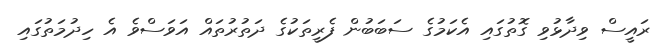
ރައީސް ވިދާޅުވި ގޮތުގައި އެކަމުގެ ސަބަބުން ފެރީތަކުގެ ދަތުރުތައް އަވަސްވެ އެ ހިދުމަތުގައި